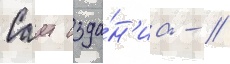
Саит изда́н'иа - //